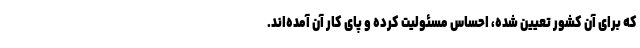
که برای آن کشور تعیین شده، احساس مسئولیت کرده و پای کار آن آمده‌اند.